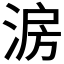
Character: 𣷔